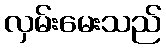
လှမ်းမေးသည်